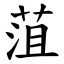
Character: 菹